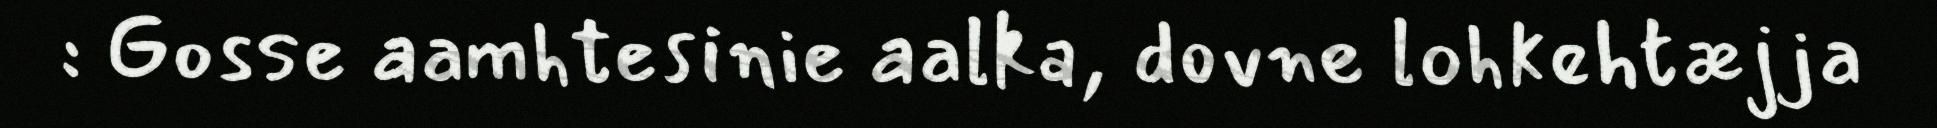
: Gosse aamhtesinie aalka, dovne lohkehtæjja